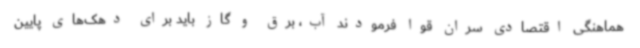
هماهنگی اقتصادی سران قوا فرمودند آب، برق و گاز باید برای دهک‌های پایین